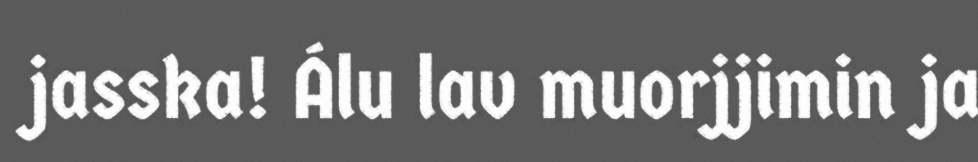
jasska! Álu lav muorjjimin ja